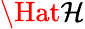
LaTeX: \Hat{\mathcal{H}}